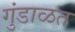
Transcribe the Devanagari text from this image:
गुंडाळत